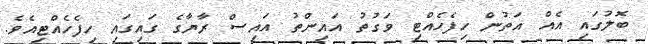
ބޮލުގައި އެއް އަތުން ހިފެހެއްޓި ވަގުތު އައިންތު އައިސް ރާޔާގެ ގައިގައި ހިފެހެއްޓިއެވެ.